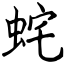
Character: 䖳